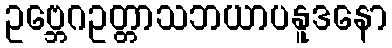
ဥဗ္ဘေဂဥတ္တာသဘယာပနူဒနော